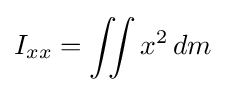
I_{xx}=\iint x^{2}\,dm